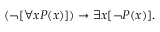
( \lnot [ \forall x P ( x ) ] ) \to \exists x [ \lnot P ( x ) ] .